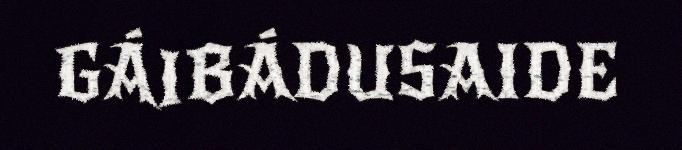
GÁIBÁDUSAIDE